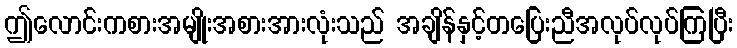
ဤလောင်းကစားအမျိုးအစားအားလုံးသည် အချိန်နှင့်တပြေးညီအလုပ်လုပ်ကြပြီး